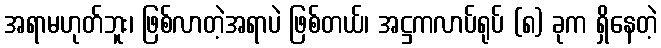
အရာမဟုတ်ဘူး၊ ဖြစ်လာတဲ့အရာပဲ ဖြစ်တယ်၊ အဋ္ဌကလာပ်ရုပ် (၈) ခုက ရှိနေတဲ့